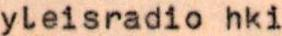
yleisradio hki